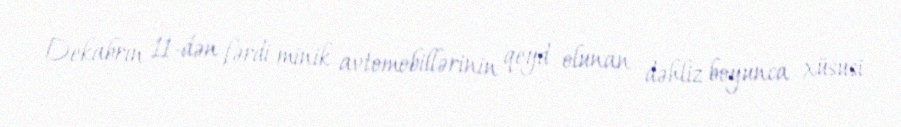
Dekabrın 11-dən fərdi minik avtomobillərinin qeyd olunan dəhliz boyunca xüsusi